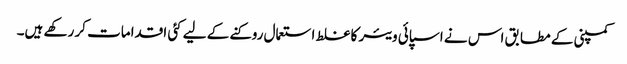
کمپنی کے مطابق اس نے اسپائی ویئر کا غلط استعمال روکنے کے لیے کئی اقدامات کر رکھے ہیں۔